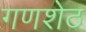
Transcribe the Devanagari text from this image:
गणशेठ